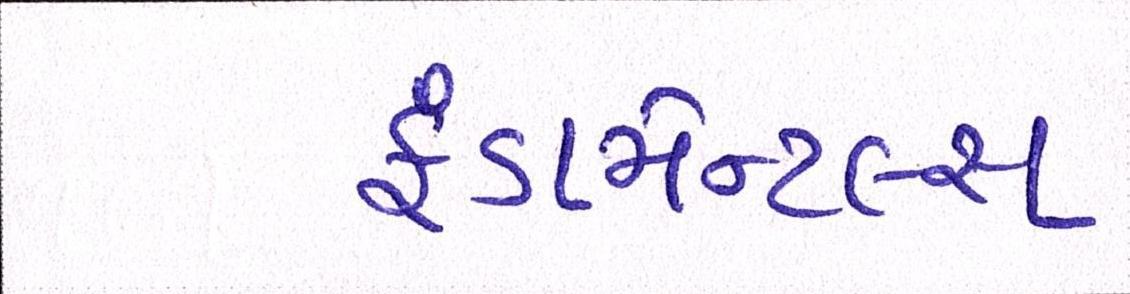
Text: ફંડામેન્ટલ્સ